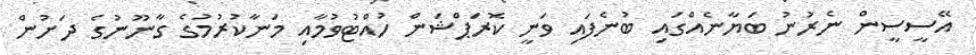
އޭސީސީން ނެރުނު ބަޔާނެއްގައި ބުނެފައި ވަނީ ކޮރަޕްޝަން ހުއްޓުވުމާއި މަނާކުރުމުގެ ގާނޫނުގެ ދަށުން